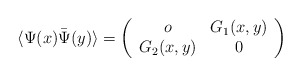
\begin{align*}\langle \Psi (x) \bar{\Psi} (y) \rangle = \left( \begin{array}{cc} o & G_1(x,y)\\ G_2(x,y) & 0 \end{array} \right)\end{align*}